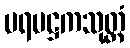
ပရမဋ္ဌကသုတ္တံ